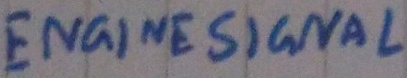
Text: ENGINE SIGNAL